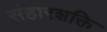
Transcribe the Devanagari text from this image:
संहारशक्ति